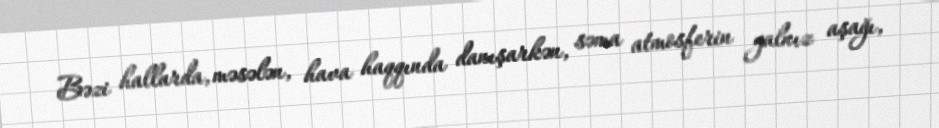
Bəzi hallarda, məsələn, hava haqqında danışarkən, səma atmosferin yalnız aşağı,